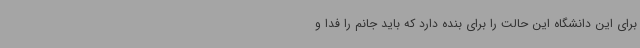
برای این دانشگاه این حالت را برای بنده دارد که باید جانم را فدا و